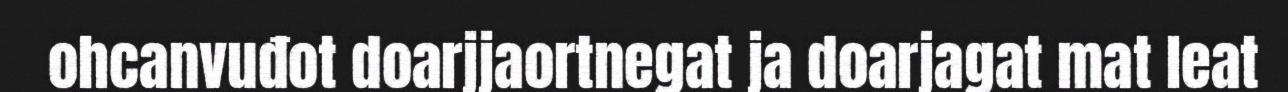
ohcanvuđot doarjjaortnegat ja doarjagat mat leat